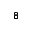
^ { 8 }